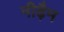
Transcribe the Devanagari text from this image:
नीढ़ैम